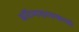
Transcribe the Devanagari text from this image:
हरिणशावकाची